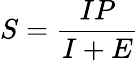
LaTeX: S={\frac{IP}{I+E}}